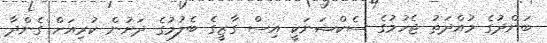
ބަންދުގެ މުއްދަތު ޖެހުމުގެ ސެކްޝަނަކީ އިސް ގާޒީގެ ބެލުމުގެ ދަށުން ކުރިއަށް ގެންދާ